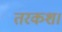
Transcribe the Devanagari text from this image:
तरकश।